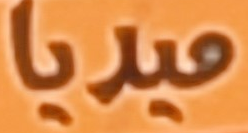
ميديا